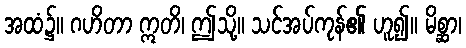
အထံ၌။ ဂဟိတာ ဣတိ၊ ဤသို့။ သင်အပ်ကုန်၏ ဟူ၍။ မိစ္ဆာ၊